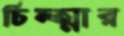
চিন্ত্মার